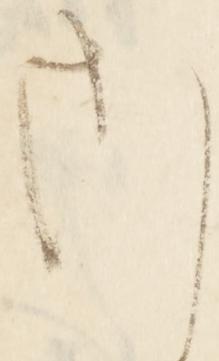
さ